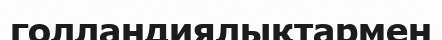
голландиялықтармен